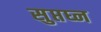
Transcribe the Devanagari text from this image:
सुप्तघ्न